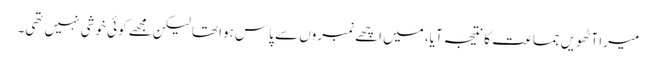
میرا آٹھویں جماعت کا نتیجہ آیا، میں اچھے نمبروں سے پاس ہوا تھا لیکن مجھے کوئی خوشی نہیں تھی۔